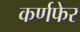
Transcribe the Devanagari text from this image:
कर्णफेर